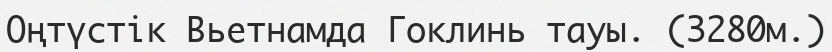
Оңтүстік Вьетнамда Гоклинь тауы. (3280м.)